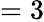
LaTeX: =3